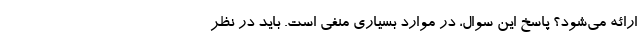
ارائه می‌شود؟ پاسخ این سوال، در موارد بسیاری منفی است. باید در نظر